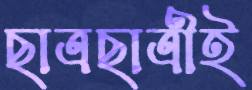
ছাত্রছাত্রীই